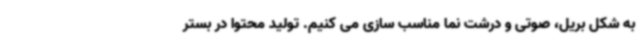
به شکل بریل، صوتی و درشت نما مناسب سازی می کنیم. تولید محتوا در بستر